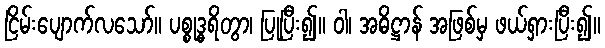
ငြိမ်းပျောက်လသော်။ ပစ္စုဒ္ဓရိတွာ၊ ပြုပြီး၍။ ဝါ၊ အဓိဋ္ဌာန် အဖြစ်မှ ဖယ်ရှားပြီး၍။